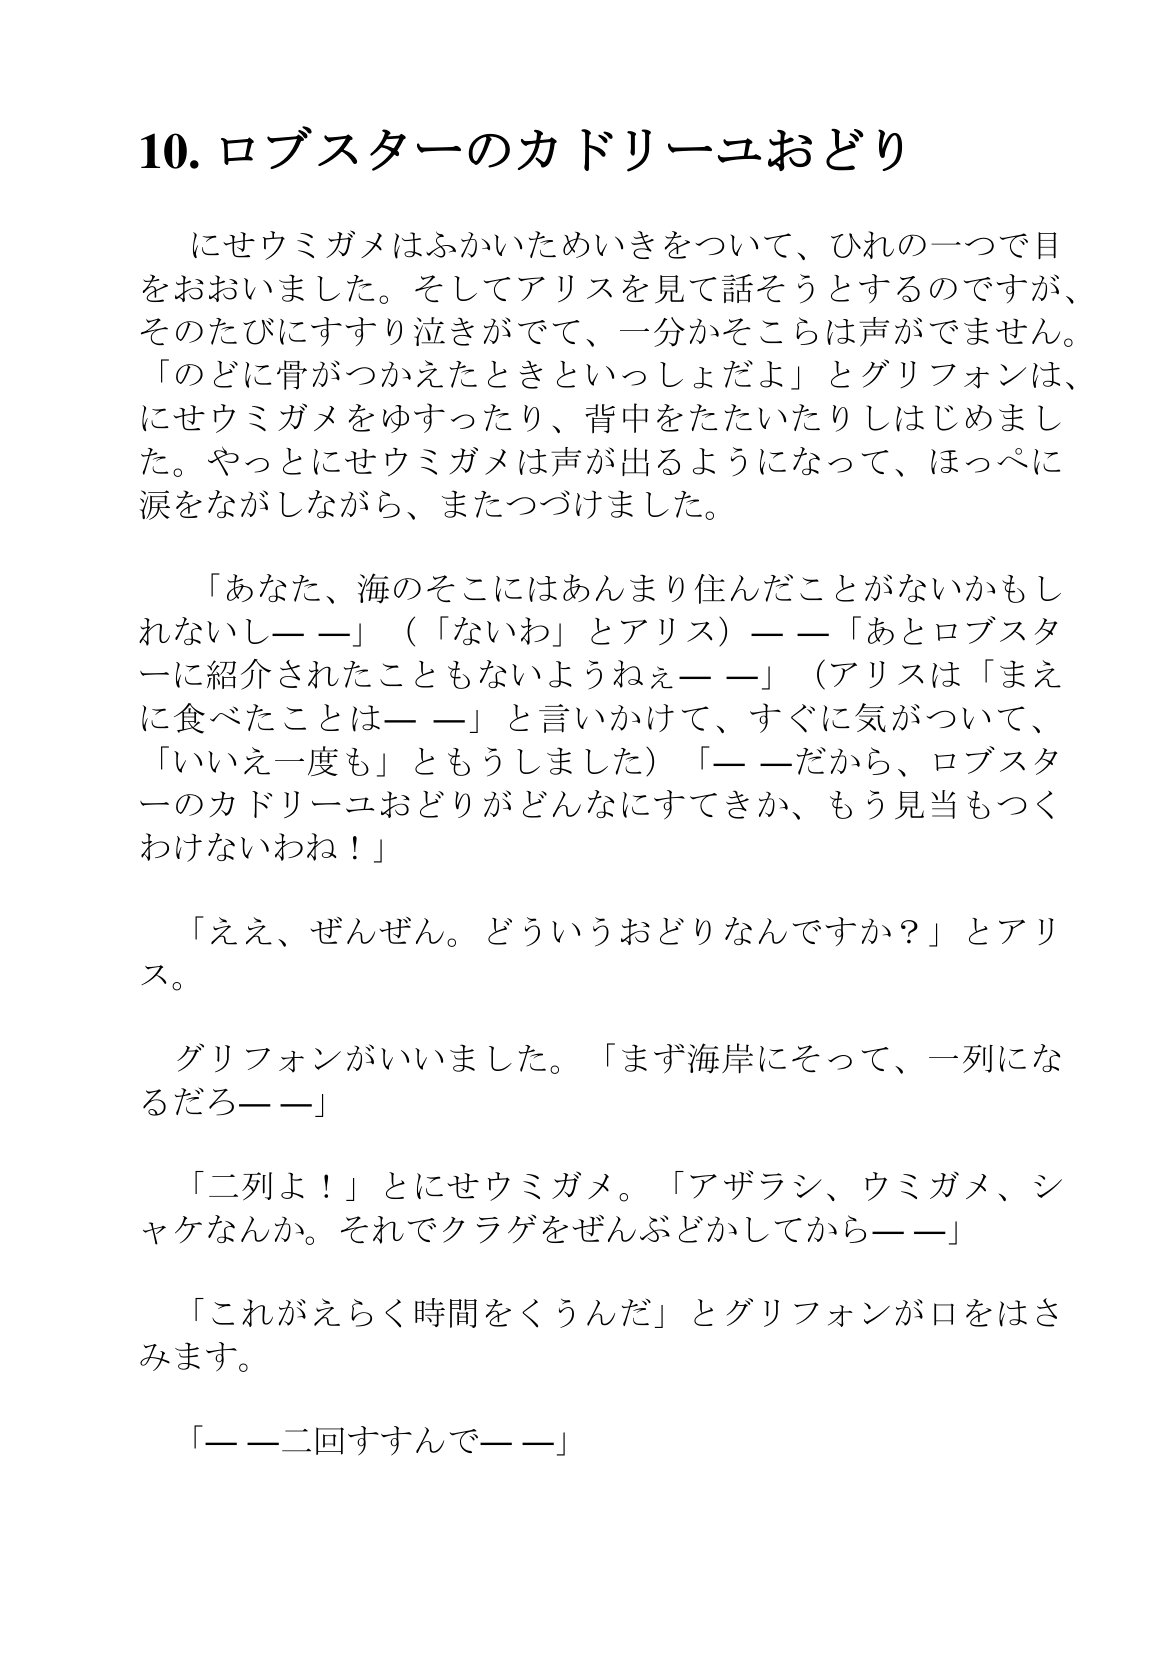
Language: ja